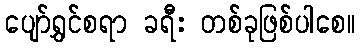
ပျော်ရွှင်စရာ ခရီး တစ်ခုဖြစ်ပါစေ။